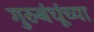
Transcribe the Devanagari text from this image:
गुरुबंधूंच्या